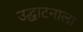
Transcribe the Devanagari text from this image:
उद्घाटनाला